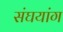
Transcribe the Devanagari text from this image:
संघयांग